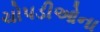
ચોપડીઓના